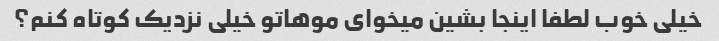
خیلی خوب لطفا اینجا بشین میخوای موهاتو خیلی نزدیک کوتاه کنم؟